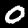
Digit: 0